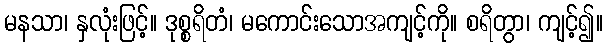
မနသာ၊ နှလုံးဖြင့်။ ဒုစ္စရိတံ၊ မကောင်းသောအကျင့်ကို။ စရိတွာ၊ ကျင့်၍။